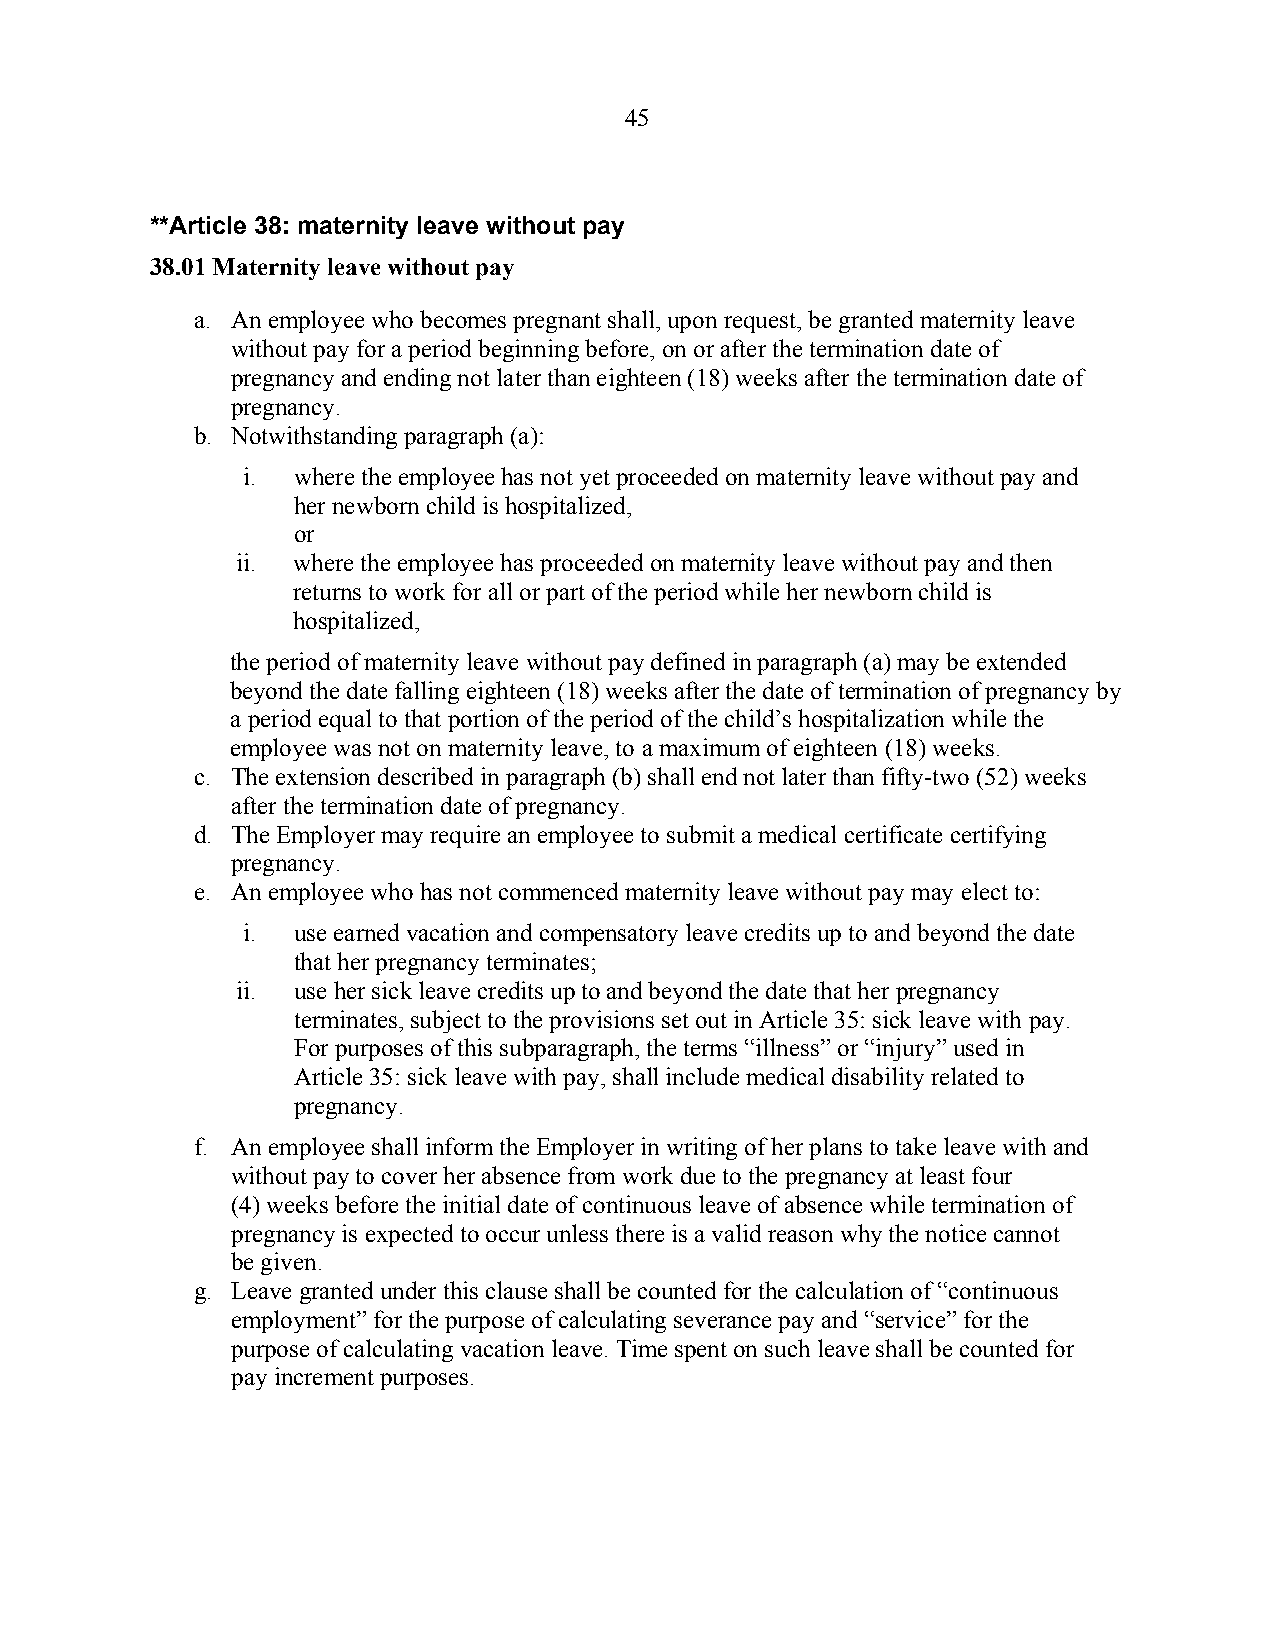
45
 **Article 38: maternity leave without pay
 38.01 Maternity leave without pay
 a. An employee who becomes pregnant shall, upon request, be granted maternity leave
 without pay for a period beginning before, on or after the termination date of
 pregnancy and ending not later than eighteen (18) weeks after the termination date of
 pregnancy.
 b. Notwithstanding paragraph (a):
 i. where the employee has not yet proceeded on maternity leave without pay and
 her newborn child is hospitalized,
 or
 ii. where the employee has proceeded on maternity leave without pay and then
 returns to work for all or part of the period while her newborn child is
 hospitalized,
 the period of maternity leave without pay defined in paragraph (a) may be extended
 beyond the date falling eighteen (18) weeks after the date of termination of pregnancy by
 a period equal to that portion of the period of the child’s hospitalization while the
 employee was not on maternity leave, to a maximum of eighteen (18) weeks.
 c. The extension described in paragraph (b) shall end not later than fifty-two (52) weeks
 after the termination date of pregnancy.
 d. The Employer may require an employee to submit a medical certificate certifying
 pregnancy.
 e. An employee who has not commenced maternity leave without pay may elect to:
 i. use earned vacation and compensatory leave credits up to and beyond the date
 that her pregnancy terminates;
 ii. use her sick leave credits up to and beyond the date that her pregnancy
 terminates, subject to the provisions set out in Article 35: sick leave with pay.
 For purposes of this subparagraph, the terms “illness” or “injury” used in
 Article 35: sick leave with pay, shall include medical disability related to
 pregnancy.
 f. An employee shall inform the Employer in writing of her plans to take leave with and
 without pay to cover her absence from work due to the pregnancy at least four
 (4) weeks before the initial date of continuous leave of absence while termination of
 pregnancy is expected to occur unless there is a valid reason why the notice cannot
 be given.
 g. Leave granted under this clause shall be counted for the calculation of “continuous
 employment” for the purpose of calculating severance pay and “service” for the
 purpose of calculating vacation leave. Time spent on such leave shall be counted for
 pay increment purposes.